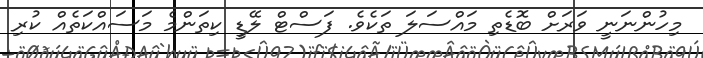
މިހުންނަނީ ވަރަށް ބޮޑެތި މައްސަލަ ތަކެވެ. ފަސްޓް ލޭޑީ ކިތަންމެ މަސައްކަތެއް ކުރި